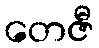
တေဇီ